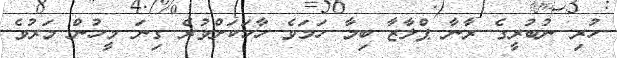
ހުރި ނުބުރީގެ ރާނާ ޕްލާޒާ ބިމާ ހަމަވެ ހާހަކަށްވުރެ ގިނަ މީހުން މަރުވެ